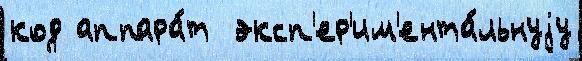
код аппара́т  эксп'ер'им'ента́льнуjу